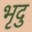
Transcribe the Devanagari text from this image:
भृदु